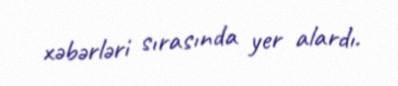
xəbərləri sırasında yer alardı.